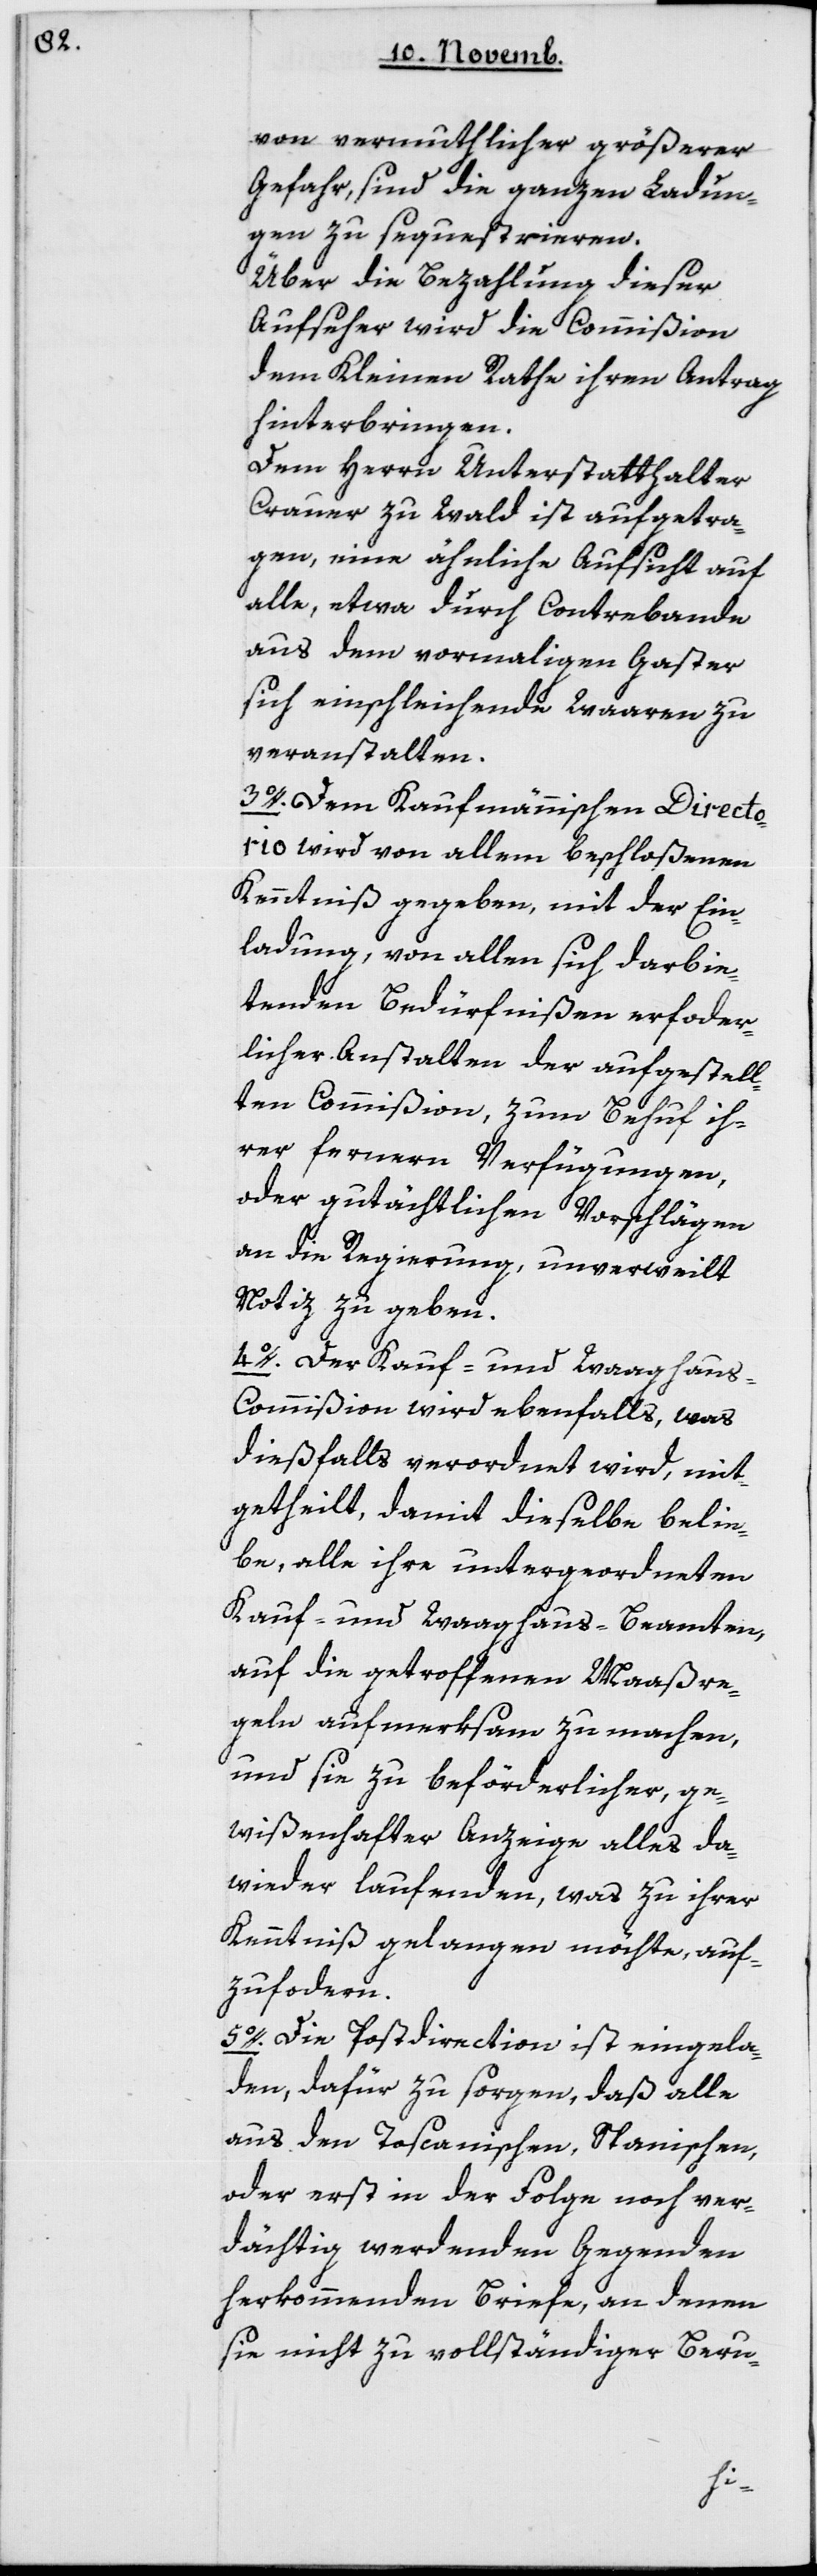
von vermuthlicher größerer
Gefahr, sind die ganzen Ladun¬
gen zu sequestrieren.
Über die Bezahlung dieser
Aufseher wird die Commißion
dem Kleinen Rathe ihren Antrag
hinterbringen.
Dem Herrn Unterstatthalter
Crauer zu Wald ist aufgetra¬
gen, eine ähnliche Aufsicht auf
alle, etwa durch Contrebande
aus dem vormaligen Gaster
sich einschleichende Waaren zu
veranstalten.
3. Dem Kaufmännischen Directo¬
rio wird von allem Beschloßenen
Kenntniß gegeben, mit der Ein¬
ladung, von allen sich darbie¬
tenden Bedürfnißen erforder¬
licher Anstalten der aufgestell¬
ten Commißion, zum Behuf ih¬
rer fernern Verfügungen,
oder gutächtlichen Vorschlägen
an die Regierung, unverweilt
Notiz zu geben.
4. Der Kauf- und Waaghau¬
s-Commißion wird ebenfalls, was
dießfalls verordnet wird, mit¬
getheilt, damit dieselbe belie¬
be, alle ihre untergeordneten
Kauf- und Waaghaus-Beamten,
auf die getroffenen Maaßre¬
geln aufmerksam zu machen,
und sie zu beförderlicher, ge¬
wißenhafter Anzeige alles da¬
wider Laufenden, was zu ihrer
Kenntniß gelangen möchte, auf¬
zufordern.
5. Die Postdirection ist eingela¬
den, dafür zu sorgen, daß alle
aus den Toscanischen, Spanischen
oder erst in der Folge noch ver¬
dächtig werdenden Gegenden
herkommenden Briefe, an denen
sie nicht zu vollständiger Beru-